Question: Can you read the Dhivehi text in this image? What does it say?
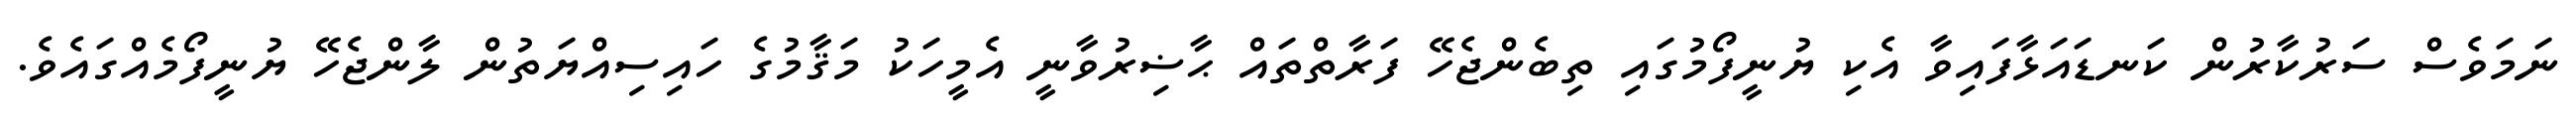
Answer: ނަމަވެސް ސަރުކާރުން ކަނޑައަޅާފައިވާ އެކި ޔުނީފޯމުގައި ތިބެންޖެހޭ ފަރާތްތައް ޙާޟިރުވާނީ އެމީހަކު މަޤާމުގެ ހައިސިއްޔަތުން ލާންޖެހޭ ޔުނީފޯމެއްގައެވެ.